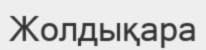
Жолдықара